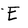
Character: E